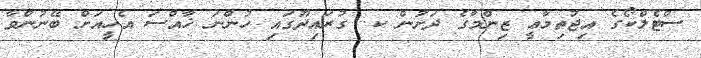
ސްޓެލްކޯގެ އިޖުތިމާޢީ ޒިންމާގެ ދަށުން ކ. ގުރައިދޫގައި ހުންނަ ޚާއްސަ އެހީއަށް ބޭނުންވާ